Civil Veterinary Department. United Provinces 1932-42 - 1932-1942
Year: 1932
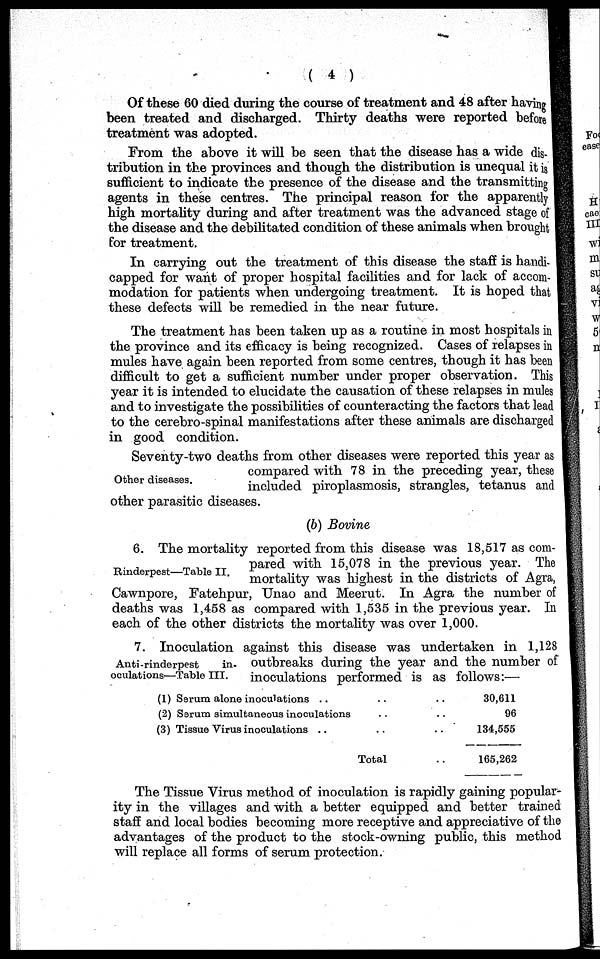
( 4 )
Of these 60 died during the course of treatment and 48 after having
been treated and discharged. Thirty deaths were reported before
treatment was adopted.
From the above it will be seen that the disease has a wide dig.
tribution in the provinces and though the distribution is unequal it is
sufficient to indicate the presence of the disease and the transmitting
agents in these centres. The principal reason for the apparently
high mortality during and after treatment was the advanced stage of
the disease and the debilitated condition of these animals when brought
for treatment.
In carrying out the treatment of this disease the staff is handi-
capped for want of proper hospital facilities and for lack of accom-
modation for patients when undergoing treatment. It is hoped that
these defects will be remedied in the near future.
The treatment has been taken up as a routine in most hospitals in
the province and its efficacy is being recognized. Cases of relapses in
mules have again been reported from some centres, though it has been
difficult to get a sufficient number under proper observation. This
year it is intended to elucidate the causation of these relapses in mules
and to investigate the possibilities of counteracting the factors that lead
to the cerebro-spinal manifestations after these animals are discharged
in good condition.
Other diseases.
Seventy-two deaths from other diseases were reported this year as
compared with 78 in the preceding year, these
included piroplasmosis, strangles, tetanus and
other parasitic diseases.
(b) Bovine
Rinderpest—Table II.
6. The mortality reported from this disease was 18,517 as com-
pared with 15,078 in the previous year. The
mortality was highest in the districts of Agra,
Cawnpore, Fatehpur, Unao and Meerut. In Agra the number of
deaths was 1,458 as compared with 1,535 in the previous year. In
each of the other districts the mortality was over 1,000.
Anti -rinderpest
in-
oculations—Table III.
7. Inoculation against this disease was undertaken in 1,128
outbreaks during the year and the number of
inoculations performed is as follows:—
(1) Serum alone inoculations .. .. ..
(2) Serum simultaneous inoculations .. ..
(3) Tissue Virus inoculations .. .. ..
Total ..
30,611
96
134,555
165,262
The Tissue Virus method of inoculation is rapidly gaining popular-
ity in the villages and with a better equipped and better trained
staff and local bodies becoming more receptive and appreciative of the
advantages of the product to the stock-owning public, this method
will replace all forms of serum protection.